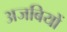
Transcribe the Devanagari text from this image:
अजबियों